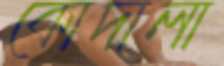
কোদালা